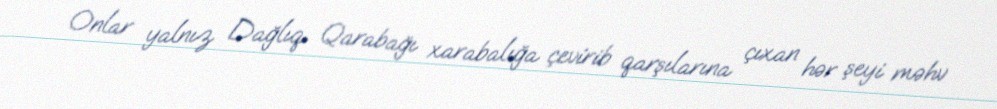
Onlar yalnız Dağlıq Qarabağı xarabalığa çevirib qarşılarına çıxan hər şeyi məhv